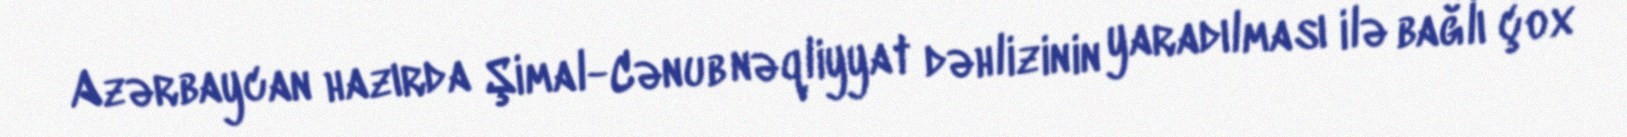
Azərbaycan hazırda Şimal-Cənub nəqliyyat dəhlizinin yaradılması ilə bağlı çox